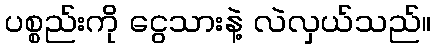
ပစ္စည်းကို ငွေသားနဲ့ လဲလှယ်သည်။